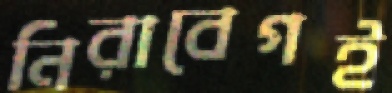
নিরাবেগই